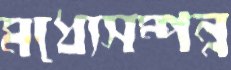
মধ্যেসম্পন্ন